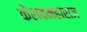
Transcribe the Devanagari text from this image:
केशवमहाराज